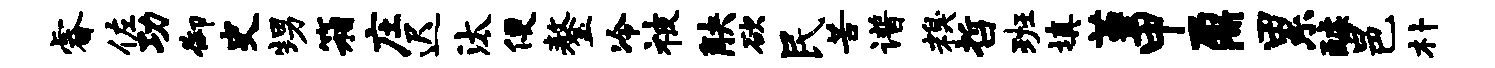
睿佐功御史甥箱庄迟汰便鏊冷被觖欲民苦谱糗哲班填堇甲鼐累醵邑朴